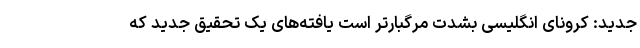
جدید: کرونای انگلیسی بشدت مرگبارتر است یافته‌های یک تحقیق جدید که